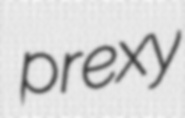
prexy